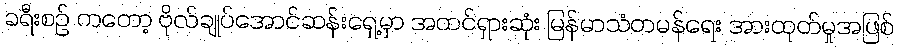
ခရီးစဉ် ကတော့ ဗိုလ်ချုပ်အောင်ဆန်းရှေ့မှာ အထင်ရှားဆုံး မြန်မာသံတမန်ရေး အားထုတ်မှုအဖြစ်